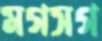
মগসগ